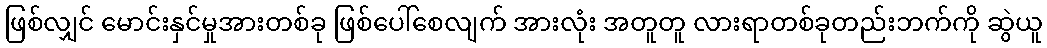
ဖြစ်လျှင် မောင်းနှင်မှုအားတစ်ခု ဖြစ်ပေါ်စေလျက် အားလုံး အတူတူ လားရာတစ်ခုတည်းဘက်ကို ဆွဲယူ